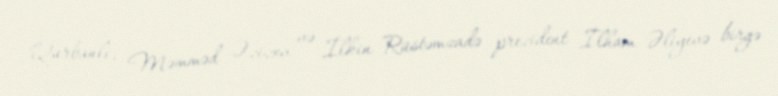
Qurbanlı, Məmməd Əzizov və İlkin Rüstəmzadə prezident İlham Əliyevə birgə